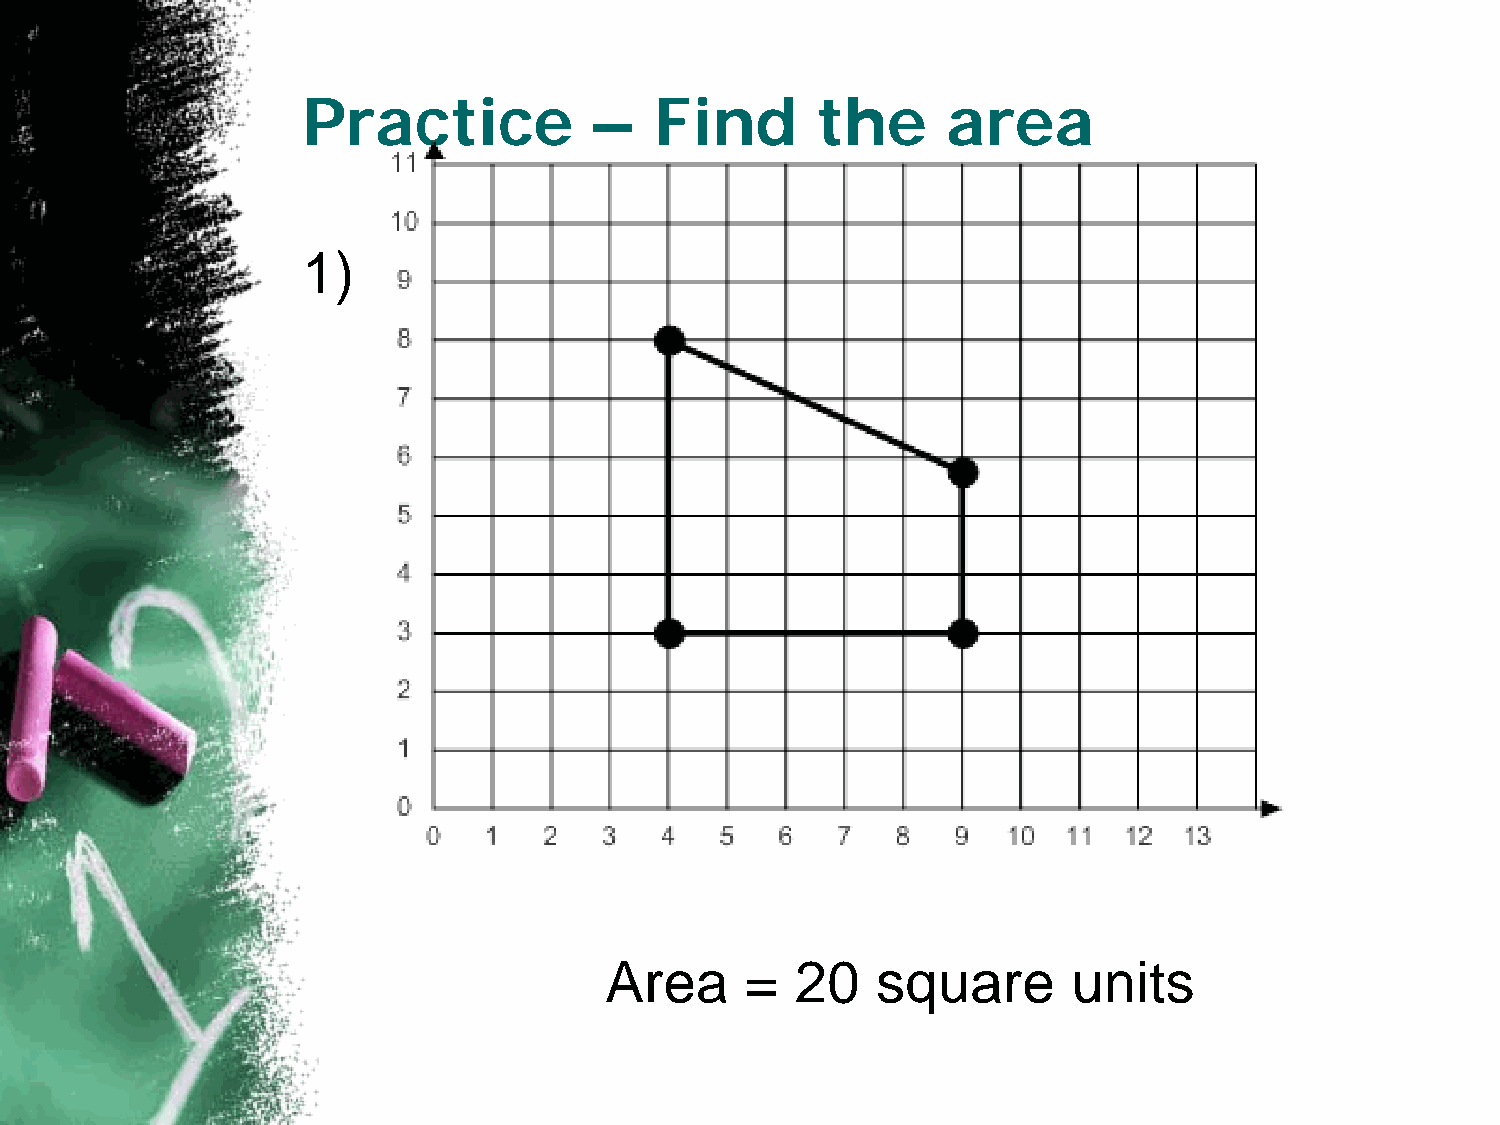
Practice           –   Find       the      area
 1)
 Area     =   20   square       units